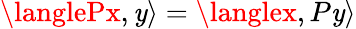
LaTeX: \langlePx,\mathit{y}\rangle=\langlex,P\mathit{y}\rangle